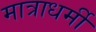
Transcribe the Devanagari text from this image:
मात्राधर्मी